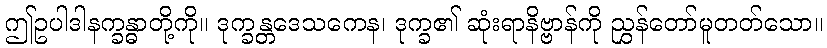
ဤဥပါဒါနက္ခန္ဓာတို့ကို။ ဒုက္ခန္တဒေသကေန၊ ဒုက္ခ၏ ဆုံးရာနိဗ္ဗာန်ကို ညွှန်တော်မူတတ်သော။